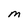
Character: M